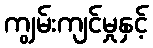
ကျွမ်းကျင်မှုနှင့်